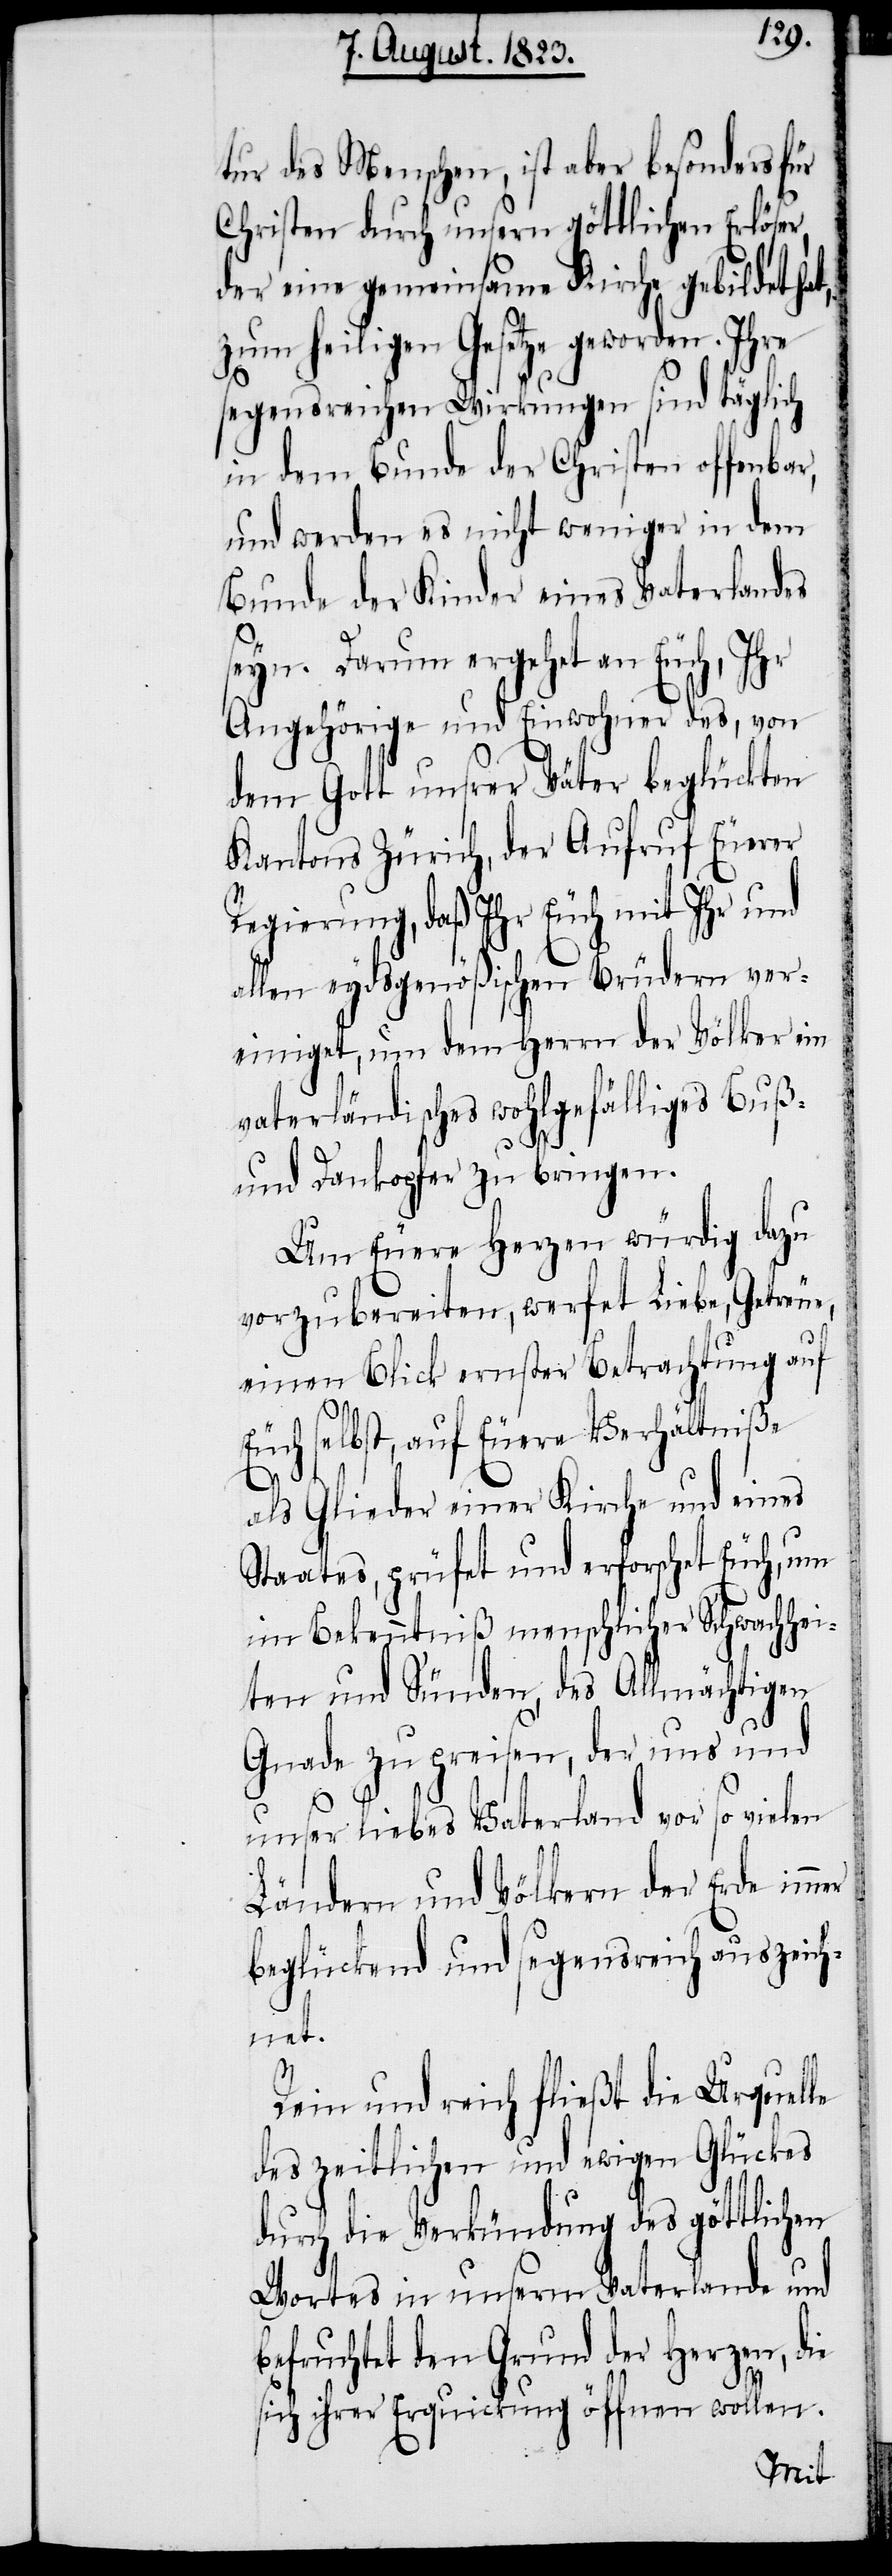
tur des Menschen, ist aber besonders für
Christen durch unsern göttlichen Erlöser,
der eine gemeinsame Kirche gebildet hat,
zum heiligen Gesetze geworden. Ihre
segensreichen Wirkungen sind täglich
in dem Bunde der Christen offenbar,
und werden es nicht weniger in dem
Bunde der Kinder eines Vaterlandes
seyn. Darum ergehet an Euch, Ihr
Angehörige und Einwohner des, von
dem Gott unsrer Väter beglückten
Kantons Zürich, der Aufruf Euerer
Regierung, daß Ihr Euch mit Ihr und
allen eydsgenößischen Brüdern ver¬
einiget, um dem Herrn der Völker ein
vaterländisches wohlgefälliges Buß-
und Dankopfer zu bringen.
Um Euere Herzen würdig dazu
vorzubereiten, werfet Liebe, Getreue,
einen Blick ernster Betrachtung auf
Euch selbst, auf Euere Verhältniße
als Glieder einer Kirche und eines
Staates, prüfet und erforschet Euch, um
im Bekenntniß menschlicher Schwachhei¬
ten und Sünden, des Allmächtigen
Gnade zu preisen, der uns und
unser liebes Vaterland vor so vielen
Ländern und Völkern der Erde
beglückend und segensreich auszeich¬
net.
Rein und reich fließt die Urquelle
des zeitlichen und ewigen Glückes
durch die Verkündung des göttlichen
Wortes in unserm Vaterlande und
befruchtet den Grund der Herzen, die
sich ihrer Erquickung öffnen wollen.